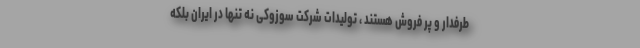
طرفدار و پر فروش هستند ، تولیدات شرکت سوزوکی نه تنها در ایران بلکه